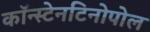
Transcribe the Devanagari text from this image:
कॉन्स्टेनटिनोपोल